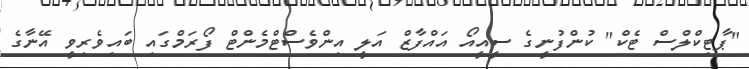
"ޕާޓިކްލްސް ޓެކް" ކުންފުނީގެ ސީއީއޯ އައްފާޒް އަލީ އިންވެސްޓްމެންޓް ފޯރަމްގައި ބައިވެރިވީ އޭނާގެ